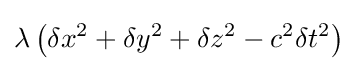
\lambda \left(\delta x^{2}+\delta y^{2}+\delta z^{2}-c^{2}\delta t^{2}\right)